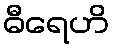
ဓီရေဟိ